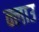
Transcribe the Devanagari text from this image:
क्लाउ